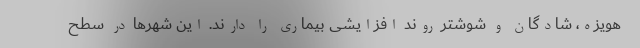
هویزه، شادگان و شوشتر روند افزایشی بیماری را دارند. این شهرها در سطح